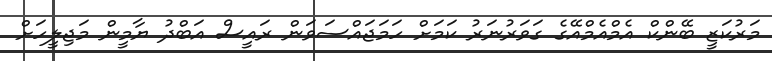
މަރުކަޒީ ބޭންކް އެމްއެމްއޭގެ ގަވަރުނަރު ކަމަށް ހަމަޖައްސަވަން ރައީސް އަބްދު ޔާމީން މަޖިލީހަށް